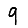
Digit: 9